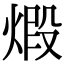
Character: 𤊳